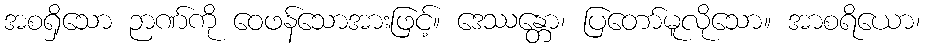
အစရှိသော ဉာဏ်ကို ဝေဖန်သောအားဖြင့်။ ဒေဿန္တော၊ ပြတော်မူလိုသော။ အာစရိယော၊